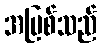
အမြစ်သည်